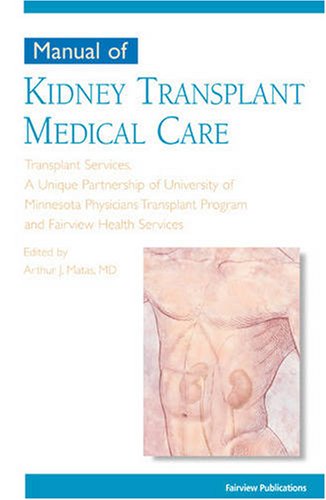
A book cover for Manual of Kidney Transplant Medical Care (Transplant Care Series); Arthur J. Matas; Health, Fitness & Dieting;